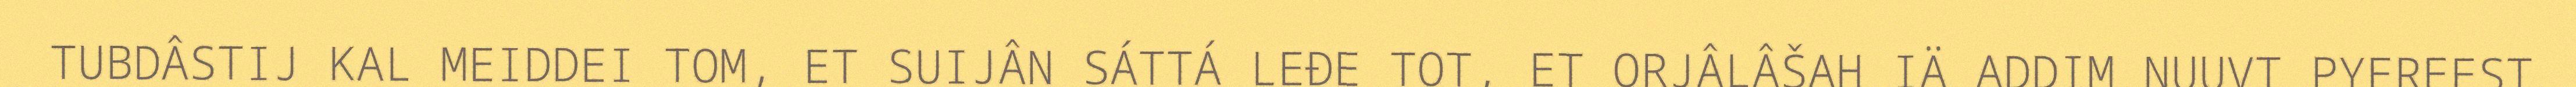
TUBDÂSTIJ KAL MEIDDEI TOM, ET SUIJÂN SÁTTÁ LEĐE TOT, ET ORJÂLÂŠAH IÄ ADDIM NUUVT PYEREEST